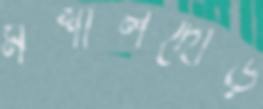
মশালদৌড়